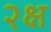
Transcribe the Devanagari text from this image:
२क्ष